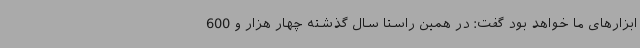
ابزارهای ما خواهد بود گفت: در همین راستا سال گذشته چهار هزار و 600